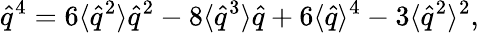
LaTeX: \hat{q}^{4}=6\langle\hat{q}^{2}\rangle\hat{q}^{2}-8\langle\hat{q}^{3}\rangle\hat{q}+6\langle\hat{q}\rangle^{4}-3\langle\hat{q}^{2}\rangle^{2},